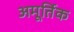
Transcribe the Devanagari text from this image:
अमूर्तिक